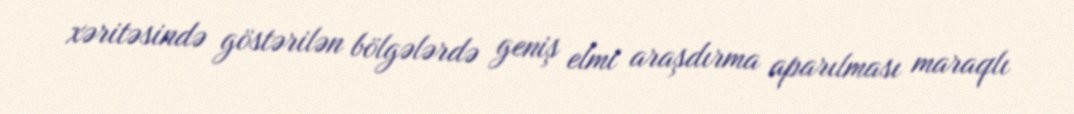
xəritəsində göstərilən bölgələrdə geniş elmi araşdırma aparılması maraqlı